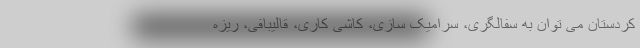
کردستان می توان به سفالگری، سرامیک سازی، کاشی کاری، قالیبافی، ریزه